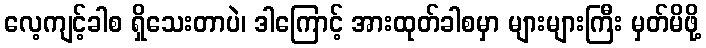
လေ့ကျင့်ခါစ ရှိသေးတာပဲ၊ ဒါကြောင့် အားထုတ်ခါစမှာ များများကြီး မှတ်မိဖို့